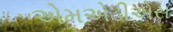
એમએડીએસ